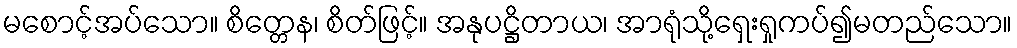
မစောင့်အပ်သော။ စိတ္တေန၊ စိတ်ဖြင့်။ အနုပဋ္ဌိတာယ၊ အာရုံသို့ရှေးရှုကပ်၍မတည်သော။